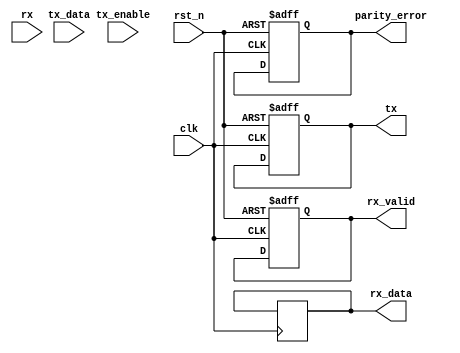
module parameterized_uart #(
    parameter BAUD_RATE = 9600,
    parameter DATA_BITS = 8,
    parameter STOP_BITS = 1,
    parameter PARITY = "NONE", // options: NONE, EVEN, ODD
    parameter CLOCK_FREQ = 50000000
) (
    input wire clk,
    input wire rst_n,
    // Transmitter interface
    input wire tx_enable,
    input wire [DATA_BITS-1:0] tx_data,
    output reg tx,
    // Receiver interface
    input wire rx,
    output reg [DATA_BITS-1:0] rx_data,
    output reg rx_valid,
    output reg parity_error
);

    localparam CLOCK_DIVIDER = CLOCK_FREQ / BAUD_RATE; // Calculate the divider for the baud rate
    localparam RX_STATE_IDLE = 3'b000, RX_STATE_START = 3'b001, RX_STATE_DATA = 3'b010, 
               RX_STATE_PARITY = 3'b011, RX_STATE_STOP = 3'b100;
    localparam TX_STATE_IDLE = 3'b000, TX_STATE_START = 3'b001, TX_STATE_DATA = 3'b010, 
               TX_STATE_PARITY = 3'b011, TX_STATE_STOP = 3'b100;

    reg [3:0] baud_counter;
    reg [2:0] rx_state, tx_state;
    reg [DATA_BITS-1:0] tx_shift_reg;
    reg [DATA_BITS-1:0] rx_shift_reg;
    reg [3:0] bit_counter;
    reg tx_busy;
    reg [6:0] parity_counter;

    // Baud rate timing
    always @(posedge clk or negedge rst_n) begin
        if (!rst_n) begin
            baud_counter <= 0;
        end else if (baud_counter == CLOCK_DIVIDER - 1) begin
            baud_counter <= 0;
        end else begin
            baud_counter <= baud_counter + 1;
        end
    end

    // Transmitter State Machine
    always @(posedge clk or negedge rst_n) begin
        if (!rst_n) begin
            tx <= 1; // idle state high
            tx_state <= TX_STATE_IDLE;
            bit_counter <= 0;
            tx_busy <= 0;
        end else if (tx_enable && !tx_busy) begin
            tx_busy <= 1;
            tx_shift_reg <= tx_data;
            tx_state <= TX_STATE_START;
            bit_counter <= 0;
        end else if (baud_counter == CLOCK_DIVIDER - 1) begin
            case (tx_state)
                TX_STATE_IDLE: begin
                    tx <= 1; // idle state
                end
                TX_STATE_START: begin
                    tx <= 0; // start bit
                    tx_state <= TX_STATE_DATA;
                end
                TX_STATE_DATA: begin
                    if (bit_counter < DATA_BITS) begin
                        tx <= tx_shift_reg[bit_counter]; // send data bits
                        bit_counter <= bit_counter + 1;
                    end else begin
                        tx_state <= (PARITY == "NONE") ? TX_STATE_STOP : TX_STATE_PARITY; // move to stop or parity
                    end
                end
                TX_STATE_PARITY: begin
                    case (PARITY)
                        "EVEN": tx <= (parity_counter % 2) ? 0 : 1; // even parity
                        "ODD":  tx <= (parity_counter % 2) ? 1 : 0; // odd parity
                        default: tx <= 1; // No parity, idle
                    endcase
                    tx_state <= TX_STATE_STOP;
                end
                TX_STATE_STOP: begin
                    tx <= 1; // stop bit
                    tx_busy <= 0;
                    tx_state <= TX_STATE_IDLE;
                end
            endcase
        end
    end

    // Receiver State Machine
    always @(posedge clk or negedge rst_n) begin
        if (!rst_n) begin
            rx_state <= RX_STATE_IDLE;
            rx_valid <= 0;
            parity_error <= 0;
            bit_counter <= 0;
            rx_shift_reg <= 0;
        end else if (baud_counter == CLOCK_DIVIDER - 1) begin
            case (rx_state)
                RX_STATE_IDLE: begin
                    if (!rx) begin // Start bit detected
                        rx_state <= RX_STATE_START;
                        bit_counter <= 0;
                        parity_counter <= 0;
                        rx_valid <= 0;
                    end
                end
                RX_STATE_START: begin
                    rx_state <= RX_STATE_DATA; // Move to data reception
                end
                RX_STATE_DATA: begin
                    if (bit_counter < DATA_BITS) begin
                        rx_shift_reg[bit_counter] <= rx; // Collect data bits
                        bit_counter <= bit_counter + 1;
                    end else begin
                        rx_state <= (PARITY == "NONE") ? RX_STATE_STOP : RX_STATE_PARITY; // Parity or stop
                    end
                end
                RX_STATE_PARITY: begin
                    if (PARITY == "EVEN" || PARITY == "ODD") begin
                        if (rx != ((PARITY == "EVEN") ? (parity_counter % 2) : (1 - (parity_counter % 2)))) begin
                            parity_error <= 1; // Parity error detected
                        end
                    end
                    rx_state <= RX_STATE_STOP; // Move to stop state
                end
                RX_STATE_STOP: begin
                    if (rx) begin // Stop bit should be high
                        rx_data <= rx_shift_reg; // Data received successfully
                        rx_valid <= 1; // Data valid
                    end else begin
                        parity_error <= 1; // Framing error
                    end
                    rx_state <= RX_STATE_IDLE; // Reset to idle
                end
            endcase
        end
    end

endmodule